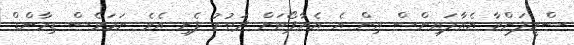
ސްރީލަންކާ އެއާލައިންސް އިން އެ އެއާޕޯޓަށް ދަތުރު ފެށި އެވެ. ނަމަވެސް ޑިމާންޑް